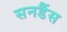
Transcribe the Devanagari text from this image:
सनडैंस